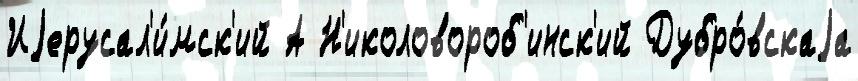
Иjерусал'и́мск'ий А Н'иколовороб'инск'ий Дубро́вскаjа